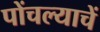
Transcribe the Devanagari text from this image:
पोंचल्याचें